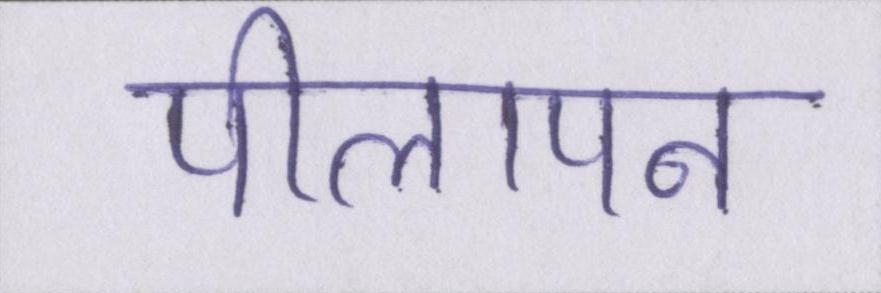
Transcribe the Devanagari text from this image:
पीलापन